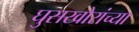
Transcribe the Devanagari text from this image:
घुसखोरांच्या